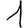
Digit: 1